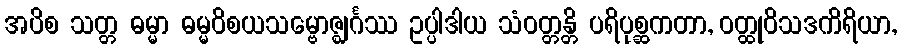
အပိစ သတ္တ ဓမ္မာ ဓမ္မဝိစယသမ္ဗောဇ္ဈင်္ဂဿ ဥပ္ပါဒါယ သံဝတ္တန္တိ ပရိပုစ္ဆကတာ, ဝတ္ထုဝိသဒကိရိယာ,